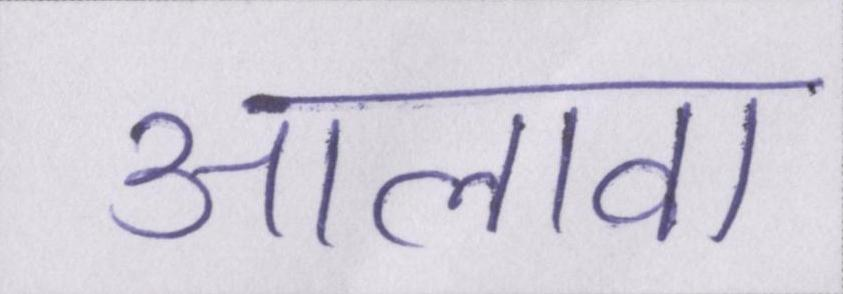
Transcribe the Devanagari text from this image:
आलावा